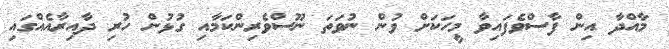
މާއްދާ އިން ފާސްވެފައިވާ މީހަކަށް ވުން ނުވަތަ ނޫސްވެރިންކަމާއި ގުޅުން ހުރި ދާއިރާއެއްގައި